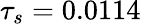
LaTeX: \tau_{s}=0.0114